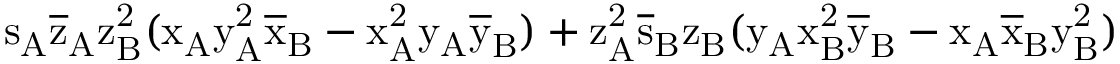
\mathrm { s _ { A } \mathrm { \overline { { z } } _ { A } \mathrm { z _ { B } ^ { 2 } ( \mathrm { x _ { A } \mathrm { y _ { A } ^ { 2 } \mathrm { \overline { { x } } _ { B } - \mathrm { x _ { A } ^ { 2 } \mathrm { y _ { A } \mathrm { \overline { { y } } _ { B } ) + \mathrm { z _ { A } ^ { 2 } \mathrm { \overline { { s } } _ { B } \mathrm { z _ { B } ( \mathrm { y _ { A } \mathrm { x _ { B } ^ { 2 } \mathrm { \overline { { y } } _ { B } - \mathrm { x _ { A } \mathrm { \overline { { x } } _ { B } \mathrm { y _ { B } ^ { 2 } ) } } } } } } } } } } } } } } } } } }